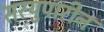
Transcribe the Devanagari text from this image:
सरयुपारीन